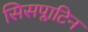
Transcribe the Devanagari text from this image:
सिसप्लाटिन